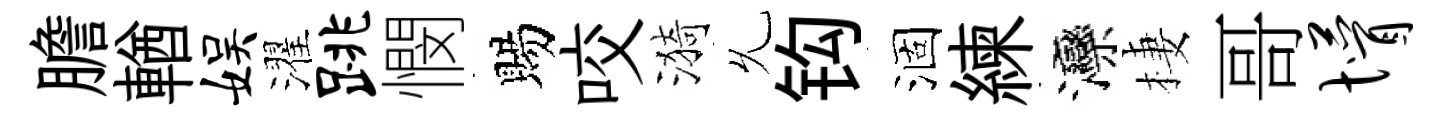
膽輶娱濯跳憫賜咬漪𠃔钩涸練灤棲哥懵